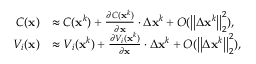
\begin{array} { r l } { C ( \mathbf { x } ) } & { \approx C ( \mathbf { x } ^ { k } ) + \frac { \partial C ( \mathbf { x } ^ { k } ) } { \partial \mathbf { x } } \cdot \Delta \mathbf { x } ^ { k } + O ( \big | \big | \Delta \mathbf { x } ^ { k } \big | \big | _ { 2 } ^ { 2 } ) \mathrm { , } } \\ { V _ { i } ( \mathbf { x } ) } & { \approx V _ { i } ( \mathbf { x } ^ { k } ) + \frac { \partial V _ { i } ( \mathbf { x } ^ { k } ) } { \partial \mathbf { x } } \cdot \Delta \mathbf { x } ^ { k } + O ( \big | \big | \Delta \mathbf { x } ^ { k } \big | \big | _ { 2 } ^ { 2 } ) \mathrm { , } } \end{array}